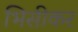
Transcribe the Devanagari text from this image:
भिसीकर